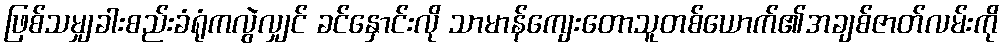
ဖြစ်သမျှခါးစည်းခံရုံကလွဲလျှင် ခင်နှောင်းလို သာမာန်ကျေးတောသူတစ်ယောက်၏အချစ်ဇာတ်လမ်းကို